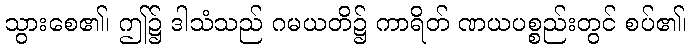
သွားစေ၏၊ ဤ၌ ဒါသံသည် ဂမယတိ၌ ကာရိတ် ဏယပစ္စည်းတွင် စပ်၏၊